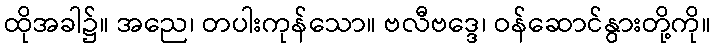
ထိုအခါ၌။ အညေ၊ တပါးကုန်သော။ ဗလီဗဒ္ဒေ၊ ဝန်ဆောင်နွားတို့ကို။